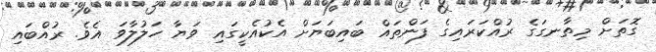
ގޮތަށް މިތާނގަގެ ރުއްކަރައިގެ ފަންތައް ބައިބަޔަށް އެކުއެކީގައި ވަޔާ ހަލުލާވަ އެވެ. ރުއްބައި